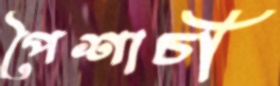
পৈশাচী